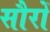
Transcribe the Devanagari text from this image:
सौरों